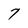
Character: 7